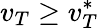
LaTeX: v_{T}\ge v_{T}^{*}